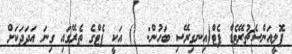
ޕޮލީއަންސެޗުރޭޓެޑް ފެޓް(އިނގިރޭސި ބަހުން:  ) އަކީ ފެޓްގެ ތެރޭގައި ގިނަ އަދަދަކަށް